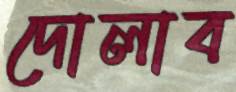
দোলাব